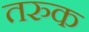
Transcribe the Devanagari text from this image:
तरुक